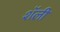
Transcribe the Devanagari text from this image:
शॅली